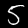
Digit: 5